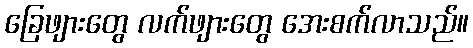
ခြေဖျားတွေ လက်ဖျားတွေ အေးစက်လာသည်။